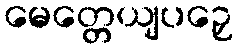
မေတ္တေယျပဉှေ